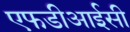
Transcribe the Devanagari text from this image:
एफडीआईसी